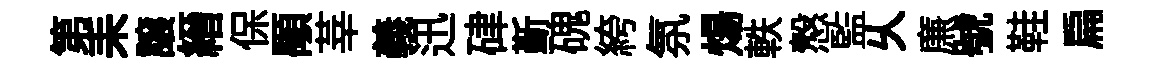
第耒譲縉保顒莘義迅硉斳磈絝氛煬軼慤監乆㢘號鞋扁